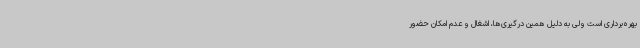
بهره‌برداری است ولی به دلیل همین درگیری‌ها، اشغال و عدم امکان حضور